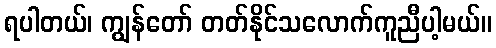
ရပါတယ်၊ ကျွန်တော် တတ်နိုင်သလောက်ကူညီပါ့မယ်။